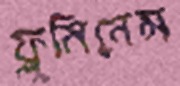
ফ্লুমিনেন্স